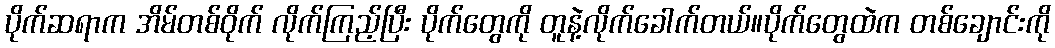
ပိုက်ဆရာက အိမ်တစ်ဝိုက် လိုက်ကြည့်ပြီး ပိုက်တွေကို တူနဲ့လိုက်ခေါက်တယ်။ပိုက်တွေထဲက တစ်ချောင်းကို